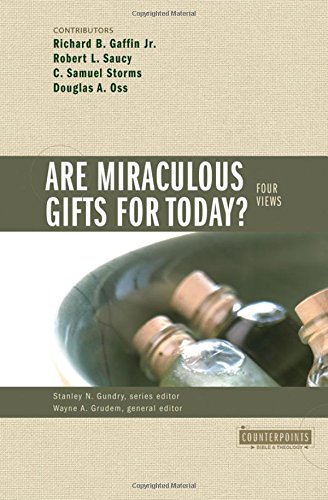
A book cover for Are Miraculous Gifts for Today?; Wayne Grudem; Christian Books & Bibles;